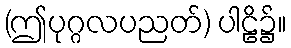
(ဤပုဂ္ဂလပညတ်) ပါဠိ၌။